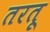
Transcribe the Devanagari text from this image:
तरतू